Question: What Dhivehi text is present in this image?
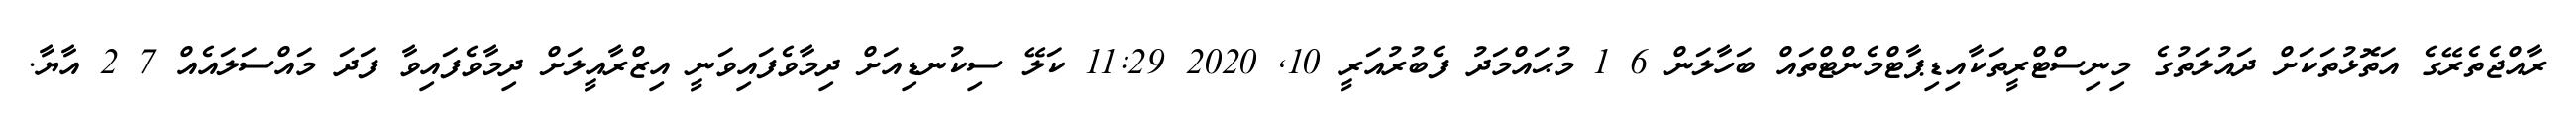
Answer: ރާއްޖެތެރޭގެ އަތޮޅުތަކަށް ދައުލަތުގެ މިނިސްޓްރީތަކާއިޑިޕާޓްމެންޓްތައް ބަހާލަން 6 1 މުޙައްމަދު ފެބުރުއަރީ 10, 2020 11:29 ކަލޭ ސިކުނޑިއަށް ދިމާވެފައިވަނީ އިޒްރާއީލަށް ދިމާވެފައިވާ ފަދަ މައްސަލައެއް 7 2 އާޔާ.